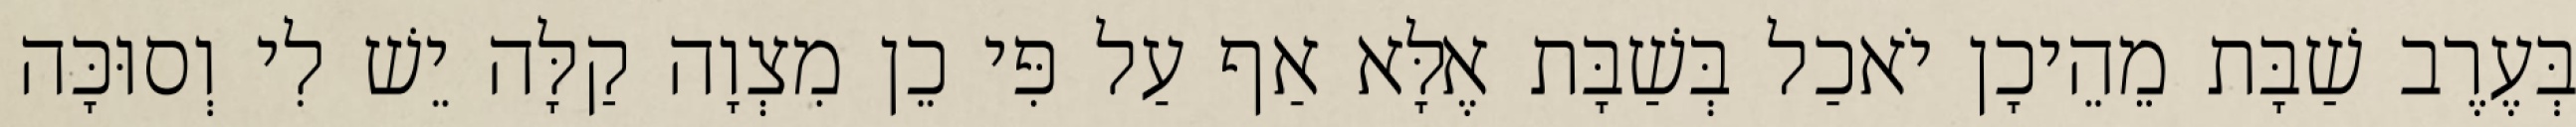
בְּעֶרֶב שַׁבָּת מֵהֵיכָן יֹאכַל בְּשַׁבָּת אֶלָּא אַף עַל פִּי כֵן מִצְוָה קַלָּה יֵשׁ לִי וְסוּכָּה